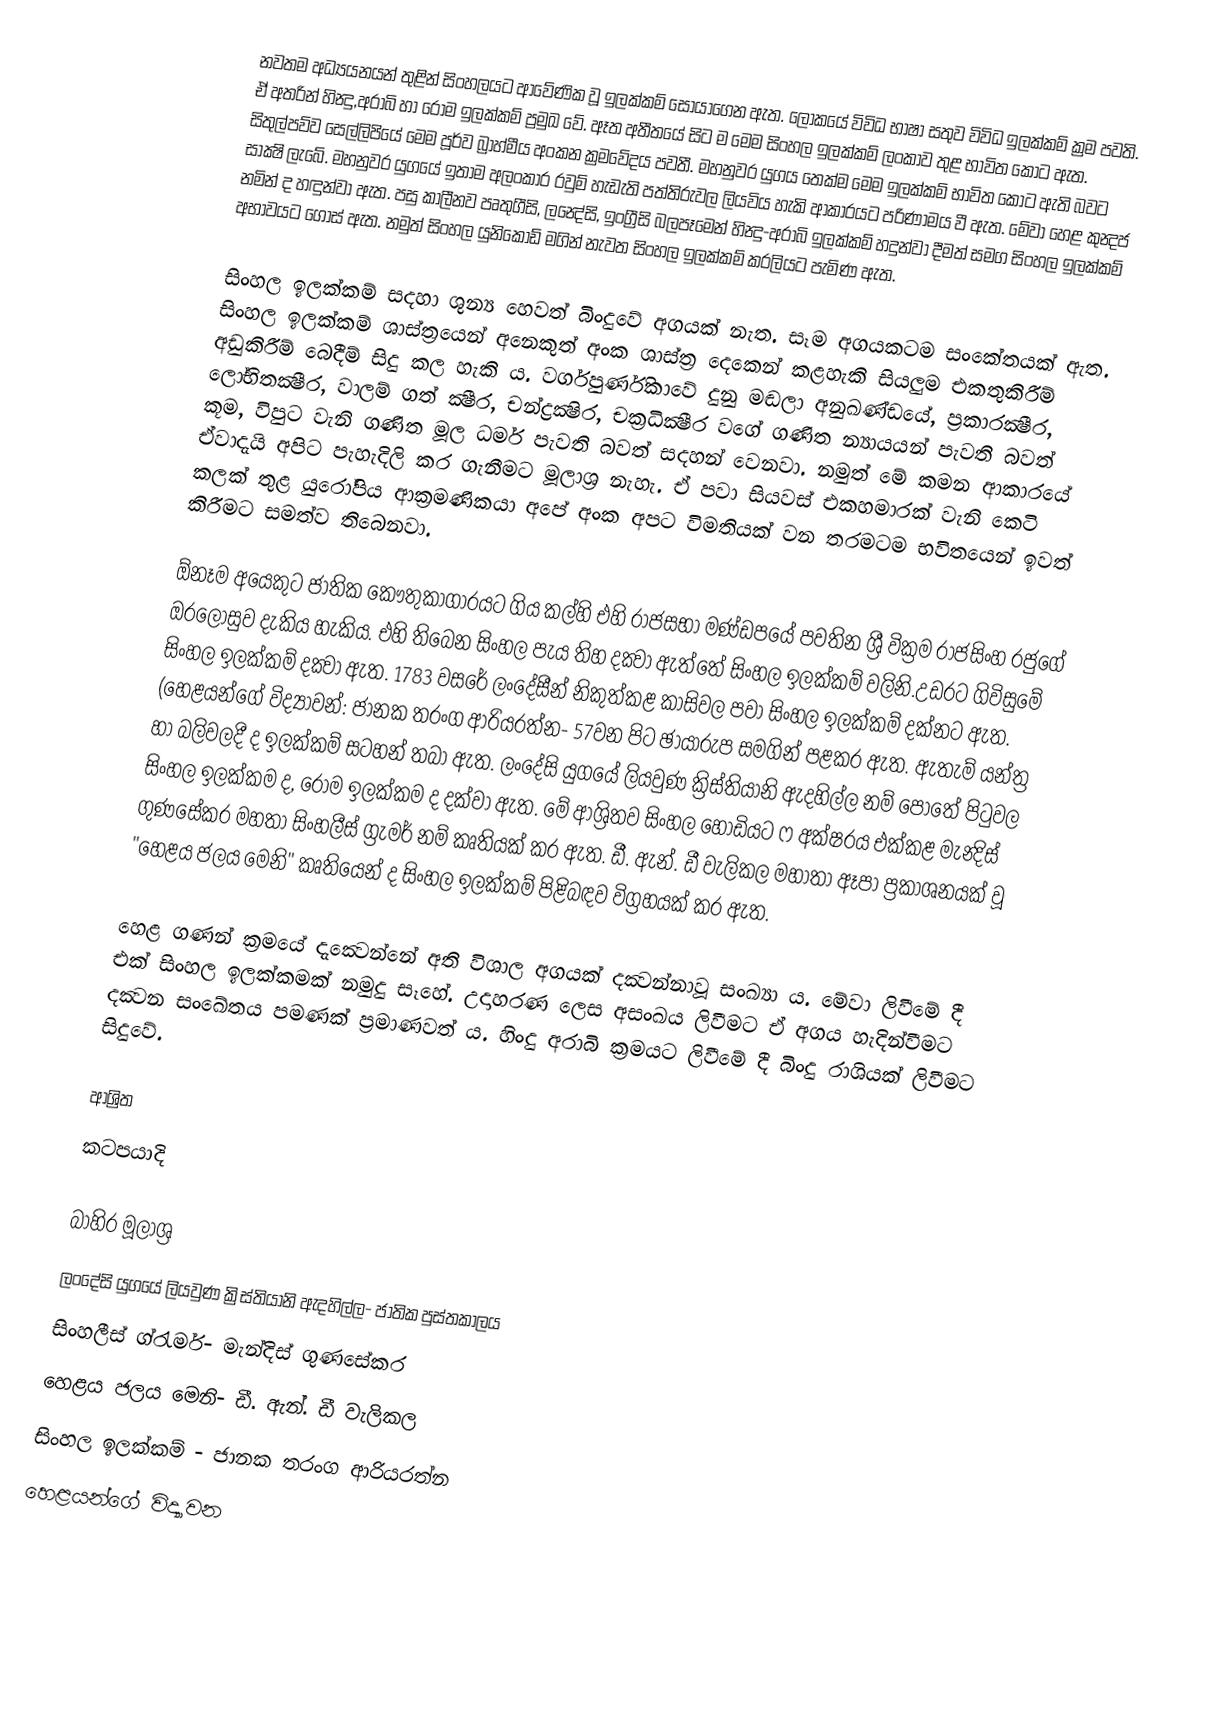
නවතම අධ්‍යයනයන් තුළින් සිංහලයට ආවේණික වූ ඉලක්කම් සොයාගෙන ඇත. ලෝකයේ විවිධ භාෂා සතුව විවිධ ඉලක්කම් ක්‍රම පවති. ඒ අතරින් හින්‍දු,අරාබි හා රෝම   ඉලක්කම් ප්‍රමුඛ වේ. ඈත අතීතයේ සිට ම මෙම සිංහල ඉලක්කම් ලංකාව තුළ භාවිත කොට ඇත. සිතුල්පව්ව සෙල්ලිපියේ මෙම පූර්ව බ්‍රාහ්මීය අංකන ක්‍රමවේදය පවතී. මහනුවර යුගය තෙක්ම මෙම ඉලක්කම් භාවිත කොට ඇති බවට සාක්‍ෂි ලැබේ. මහනුවර යුගයේ ඉතාම අලංකාර රවුම් හැඩැති පත්තිරුවල ලියවිය හැකි ආකාරයට පරිණාමය වී ඇත. මේවා හෙළ කුන්‍දජ නමින් ද හඳුන්වා ඇත.  පසු කාලීනව පෘතුගීසි, ලන්‍දේසි, ඉංග්‍රීසි බලපෑමෙන් හින්‍දු-අරාබි ඉලක්කම් හදුන්වා දීමත් සමග සිංහල ඉලක්කම් අභාවයට ගොස් ඇත. නමුත් සිංහල යුනිකොඩ් මගින් නැවත සිංහල ඉලක්කම් කරලියට පැමිණ ඇත.

සිංහල ඉලක්කම් සදහා ශුන්‍ය හෙවත් බිංදුවේ අගයක් නැත. සෑම අගයකටම සංකේතයක් ඇත. සිංහල ඉලක්කම් ශාස්ත්‍රයෙන් අනෙකුත් අංක ශාස්ත්‍ර දෙකෙන් කළහැකි සියලුම එකතුකිරීම් අඩුකිරීම් බෙදීම් සිදු කල හැකි ය.  වර්ගපුර්ණිකාවේ දුනු මඬලා අනුඛණ්ඩයේ, ප්‍රකාරක්‍ෂීර, ලෝභිතක්‍ෂීර, වාලම් ගත් ක්‍ෂීර, චන්ද්‍රක්‍ෂිර, චක්‍රධික්‍ෂීර වගේ ගණිත න්‍යායයන් පැවති බවත් කූම, විපුට වැනි ගණිත මූල ධර්ම පැවති බවත් සදහන් වෙනවා. නමුත් මේ කමන ආකාරයේ ඒවාදැයි අපිට පැහැදිලි කර ගැනීමට මූලාශ්‍ර නැහැ. ඒ පවා සියවස් එකහමාරක් වැනි කෙටි කලක් තුළ යුරෝපිය ආක්‍රමණිකයා අපේ අංක අපට විමතියක් වන තරමටම භවිතයෙන් ඉවත් කිරීමට සමත්ව තිබෙනවා.

ඕනෑම අයෙකුට ජාතික කෞතුකාගාරයට ගිය කල්හි එහි රාජසභා මණ්ඩපයේ පවතින ශ්‍රී වික්‍රම රාජසිංහ රජුගේ ඔරලෝසුව දැකිය හැකිය. එහි තිබෙන සිංහල පැය තිහ දක්‍වා ඇත්තේ සිංහල ඉලක්කම් වලිනි.උඩරට ගිවිසුමේ සිංහල ඉලක්කම් දක්‍වා ඇත. 1783 වසරේ ලංදේසීන් නිකුත්කළ කාසිවල පවා සිංහල ඉලක්කම් දක්නට ඇත. (හෙළයන්ගේ විද්‍යාවන්: ජානක තරංග ආරියරත්න- 57වන පිට ඡායාරුප සමගින් පළකර ඇත. ඇතැම් යන්ත්‍ර හා බලිවලදී ද ඉලක්කම් සටහන් තබා ඇත. ලංදේසි යුගයේ ලියවුණ ක්‍රිස්තියානි ඇදහිල්ල නම් පොතේ පිටුවල සිංහල ඉලක්කම ද, රෝම ඉලක්කම ද දක්වා ඇත.  මේ ආශ්‍රිතව සිංහල හෝඩියට ෆ අක්ෂරය එක්කළ මැන්‍දිස් ගුණසේකර මහතා සිංහලීස් ග්‍රැමර් නම් කෘතියක් කර ඇත. ඩී. ඇන්. ඩී වැලිකල මහාතා ඈපා ප්‍රකාශනයක් වූ "හෙළය ජලය මෙනි" කෘතියෙන් ද සිංහල ඉලක්කම් පිළිබඳව විග්‍රහයක් කර ඇත.

හෙළ ගණන් ක්‍රමයේ දැක්‍වෙන්නේ අති විශාල අගයක් දක්‍වන්නාවූ සංඛ්‍යා ය. මේවා ලිවීමේ දී එක් සිංහල ඉලක්කමක් නමුදු සෑහේ. උදාහරණ ලෙස අසංඛය ලිවීමට ඒ අගය හැදින්වීමට දක්‍වන සංඛේතය පමණක් ප්‍රමාණවත් ය. හිංදු අරාබි ක්‍රමයට ලිවීමේ දී බිංදු රාශියක් ලිවීමට සිදුවේ.

ආශ්‍රිත
 කටපයාදි

බාහිර මූලාශ්‍ර
ලංදේසි යුගයේ ලියවුණ ක්‍රිස්තියානි ඇදහිල්ල- ජාතික පුස්තකාලය
සිංහලීස් ග්රැමර්- මැන්දිස් ගුණසේකර
හෙළය ජලය මෙනි- ඩී. ඇන්. ඩී වැලිකල
සිංහල ඉලක්කම් - ජානක තරංග ආරියරත්න
හෙළයන්ගේ විද්‍යාවන